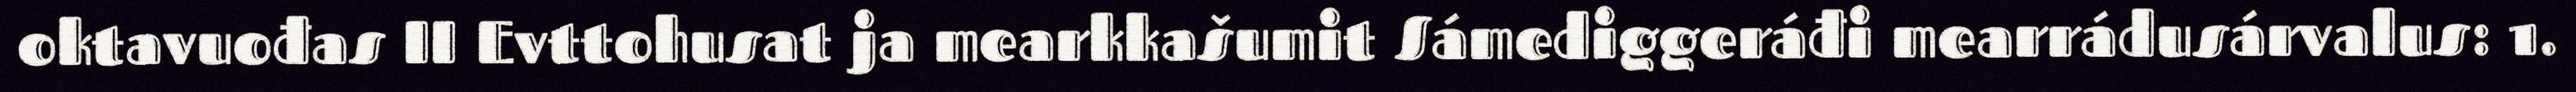
oktavuođas II Evttohusat ja mearkkašumit Sámediggeráđi mearrádusárvalus: 1.